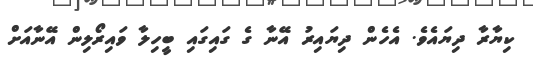
ކިޔާރާ ދިޔައެވެ. އެހެން ދިޔައިރު އޭނާ ގެ ގައިގައި ބީހިލާ ވައިރޯލިން އޭނާއަށް